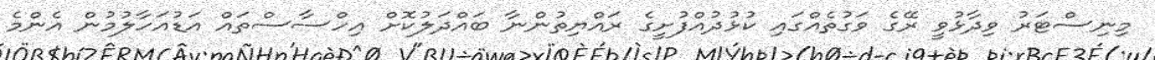
މިނިސްޓަރު ވިދާޅުވީ ރޭގެ ވަގުތެއްގައި ކުޅުދުއްފުށީގެ ރައްޔިތުންނާ ބައްދަލުކޮށް އިހްސާސްތައް އަޑުއަހާލުމުން އެންމެ